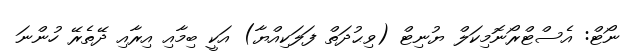
ނޯޓް: އެސްޓްރޯނޮމިކަލް ޔުނިޓް (ވިޙުދަތް ފަލަކިއްޔާ) އަކީ ބިމާއި އިރާއި ދޭތެރޭ ހުންނަ